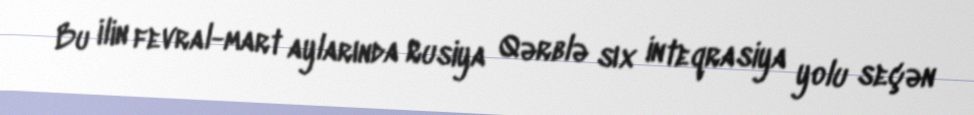
Bu ilin fevral-mart aylarında Rusiya Qərblə sıx inteqrasiya yolu seçən